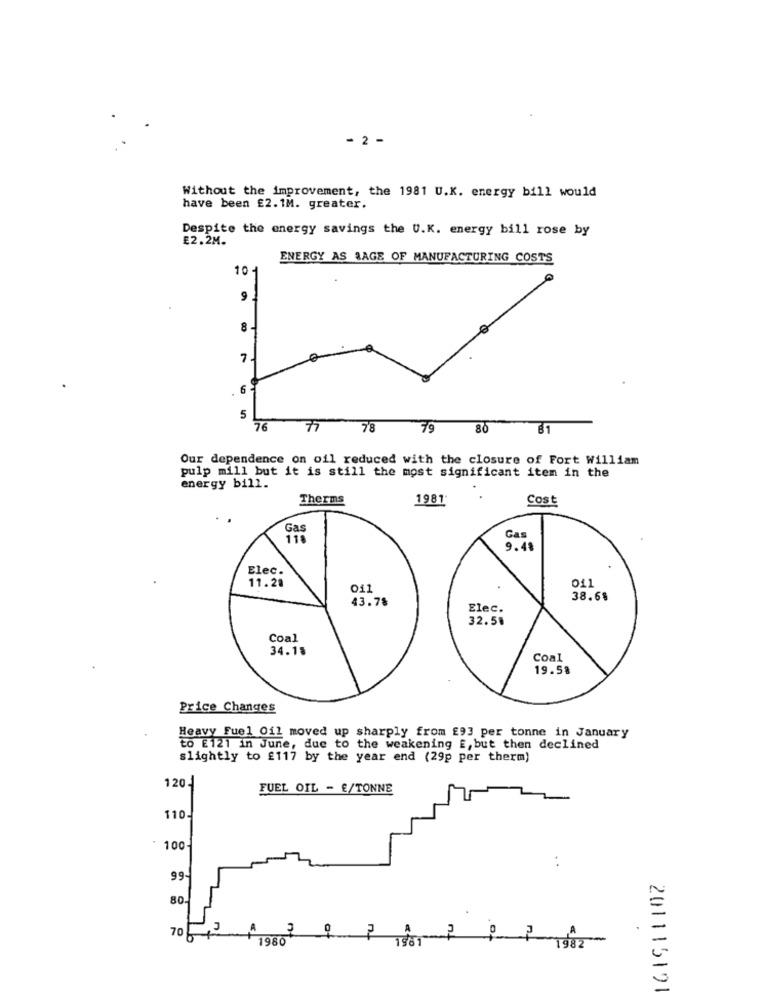
- 2 -
Without the improvement, the 1981 U.K. energy bill would
have been £2.1M. greater.
Despite the energy savings the U.K. energy bill rose by
£2.2M.
ENERGY AS LAGE OF MANUFACTURING COSTS
10 -
9
8
7.
.
6
5
76
77
7'8
79
80
81
Our dependence on oil reduced with the closure of Fort William
pulp mill but it is still the most significant item in the
energy bill.
.
Therms
1981
Cost
Gas
118
Gas
9.41
Elec.
11.28
011
011
43.78
38.6$
Elec.
32.58
Coal
34.18
Coal
19.58
Price Changes
Heavy Fuel Oil moved up sharply from £93 per tonne in January
to E121 in June, due to the weakening E, but then declined
slightly to £117 by the year end (29p per therm)
120-
FUEL OIL - €/TONNE
110.
* 100
. .
99
80
of
in.
A
70
1960
1961
-
1982
201115191